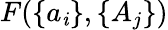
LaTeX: F(\{ a_{\mathit{i}}\} ,\{ A_{j}\} )